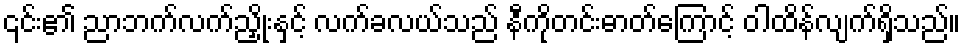
၎င်း၏ ညာဘက်လက်ညှိုးနှင့် လက်ခလယ်သည် နီကိုတင်းဓာတ်ကြောင့် ဝါထိန်လျက်ရှိသည်။